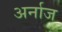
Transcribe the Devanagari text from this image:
अर्नाज